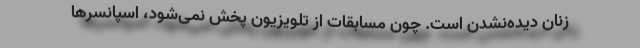
زنان دیده‌نشدن است. چون مسابقات از تلویزیون پخش نمی‌شود، اسپانسرها